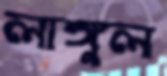
লাঙ্গুল